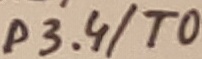
Text: P3.4/T0